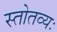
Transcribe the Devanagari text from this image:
स्तोतव्यः